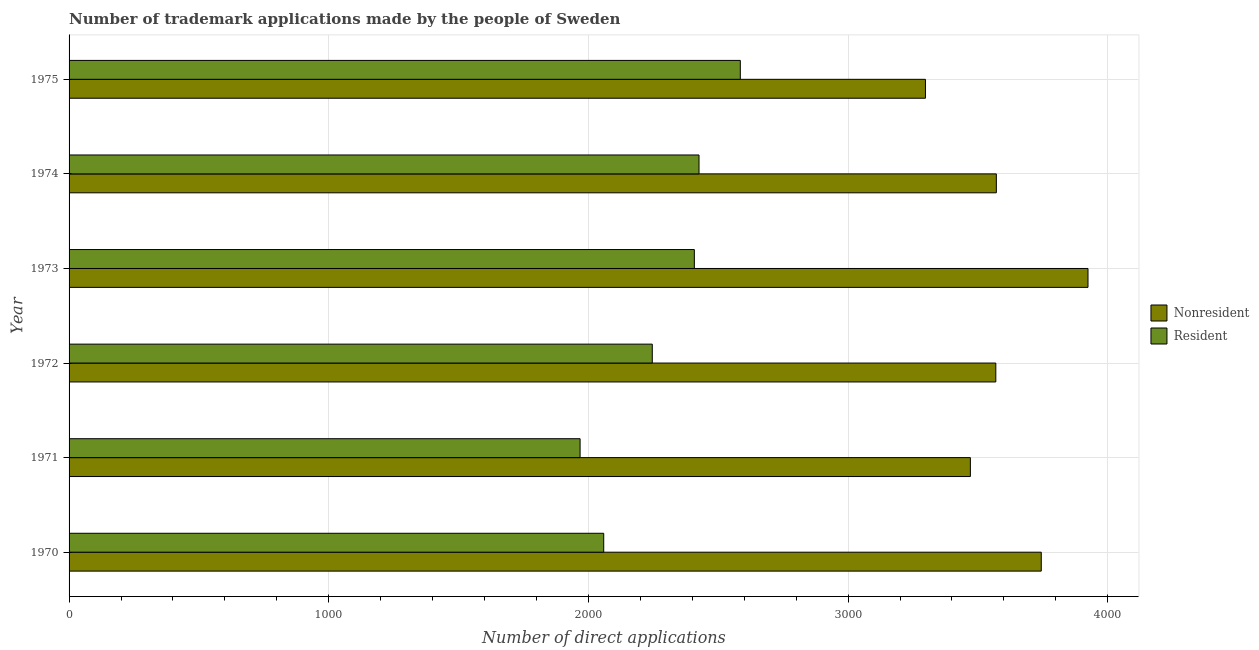
| Year | Nonresident | Resident |
 | --- | --- | --- |
 | 1970 | 3.74e+03 | 2.06e+03 |
 | 1971 | 3.47e+03 | 1.97e+03 |
 | 1972 | 3.57e+03 | 2.25e+03 |
 | 1973 | 3.92e+03 | 2.41e+03 |
 | 1974 | 3.57e+03 | 2.43e+03 |
 | 1975 | 3.3e+03 | 2.58e+03 |